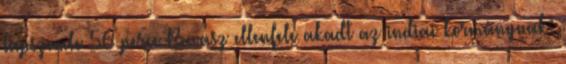
lapszemle 56 perce Ravasz ellenfele akadt az indiai kormánynak: